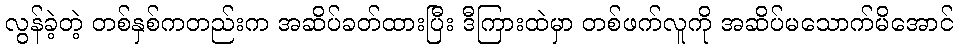
လွန်ခဲ့တဲ့ တစ်နှစ်ကတည်းက အဆိပ်ခတ်ထားပြီး ဒီကြားထဲမှာ တစ်ဖက်လူကို အဆိပ်မသောက်မိအောင်